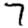
Digit: 7